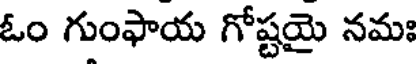
ఓం గుంఫాయ గోష్టయై నమః